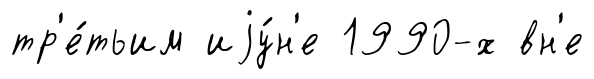
тр'е́тьим иjу́н'е 1990-х вн'е